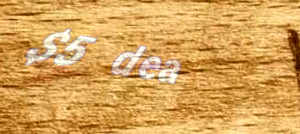
$5 deal